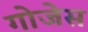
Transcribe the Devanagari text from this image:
गोजेस